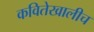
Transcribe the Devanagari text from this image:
कवितेखालीच